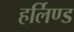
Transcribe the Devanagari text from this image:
हर्लिण्ड